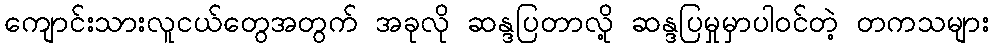
ကျောင်းသားလူငယ်တွေအတွက် အခုလို ဆန္ဒပြတာလို့ ဆန္ဒပြမှုမှာပါဝင်တဲ့ တကသများ